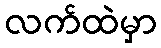
လက်ထဲမှာ